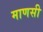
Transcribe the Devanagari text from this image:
माणसी